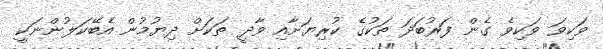
ވަކިވަ ވަކިވެ ގެން ފަރުބަދަ ތަކުގެ ކުރިޔަށާއި ވާދީ ތަކަށް ދިޔުމުން އެބޭކަލުންނަކީ